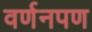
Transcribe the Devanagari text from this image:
वर्णनपण